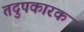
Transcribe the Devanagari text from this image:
तदुपकारक